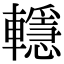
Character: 𨏈